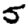
Digit: 5